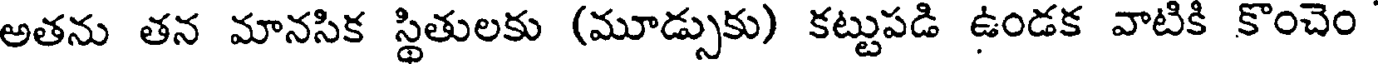
అతను తన మానసిక స్థితులకు (మూడ్సుకు) కట్టుపడి ఉండక వాటికి కొంచెం